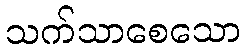
သက်သာစေသော